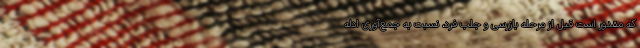
که مقدور است قبل از مرحله بازرسی و جلب فرد، نسبت به جمع‌آوری ادله